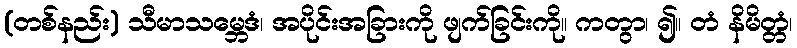
(တစ်နည်း) သီမာသမ္ဘေဒံ၊ အပိုင်းအခြားကို ဖျက်ခြင်းကို။ ကတွာ၊ ၍။ တံ နိမိတ္တံ၊